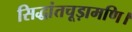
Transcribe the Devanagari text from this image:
सिद्धांतचूड़ामणि।